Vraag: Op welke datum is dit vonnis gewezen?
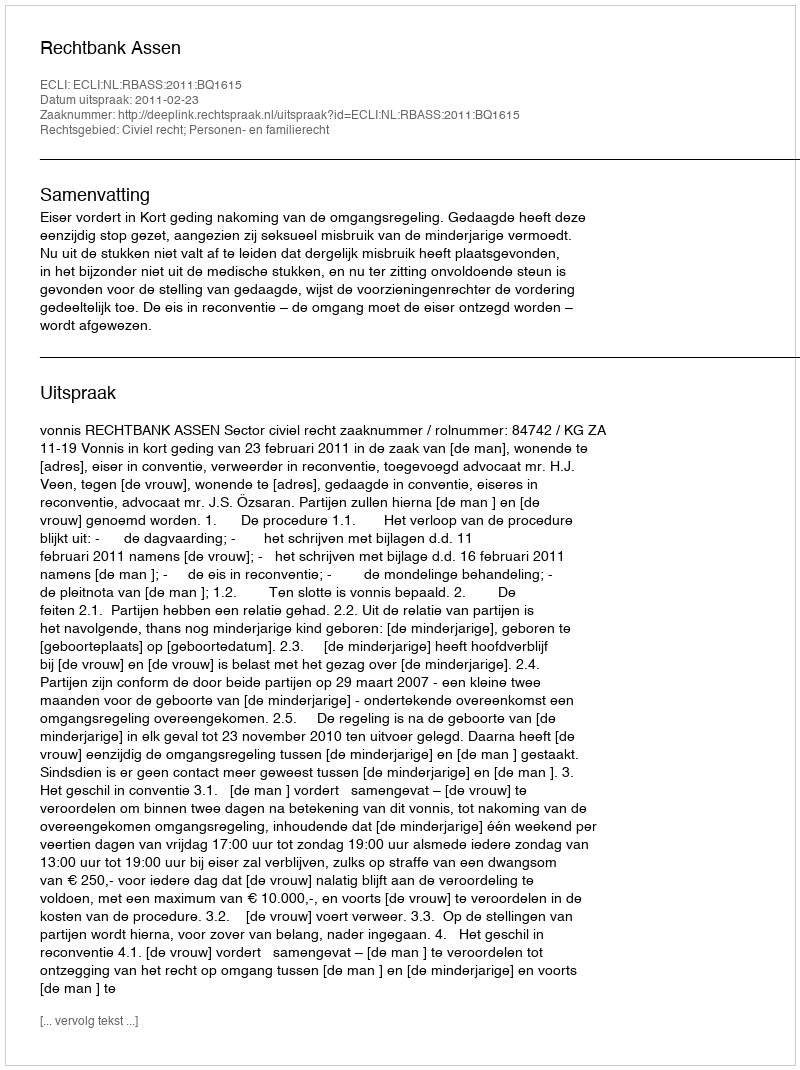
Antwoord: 2011-02-23